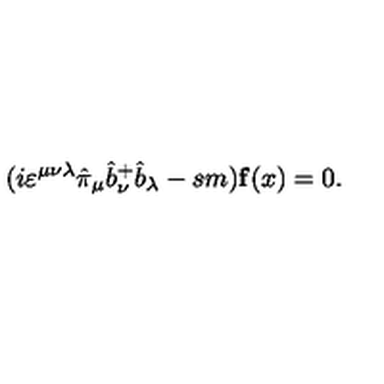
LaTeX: ( i \varepsilon ^ { \mu \nu \lambda } \hat { \pi } _ { \mu } \hat { b } _ { \nu } ^ { + } \hat { b } _ { \lambda } - s m ) { \bf f } ( x ) = 0 .